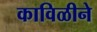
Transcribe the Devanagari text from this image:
काविळीने